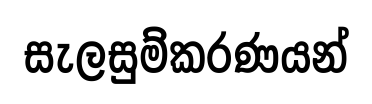
සැලසුම්කරණයන්